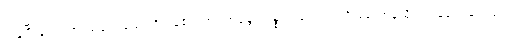
ကုန်ပြီးသော အာသဝေါလည်း ရှိကုန်၏။ အရဟန္တော၊ ပစ္စည်းလေးပါးကို ခံတော်မူထိုက်ကုန်၏။ တေသံ၊